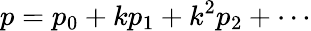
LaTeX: p=p_{0}+kp_{1}+k^{2}p_{2}+\cdots